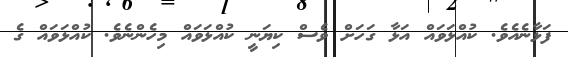
ފަޅާނެއެވެ. ކުއްޅަވައް އަޅާ ގަހަށް ވެސް ކިޔަނީ ކުއްޅަވައް މިހެންނެވެ. ކުއްޅަވައް ގެ